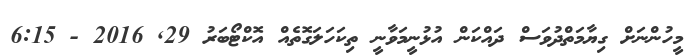
މީހުންނަށް ގިޔާމަތްދުވަސް ދައްކަން އުޅުނީމަވާނީ ތިކަހަލަގޮތެއް އޮކްޓޯބަރު 29